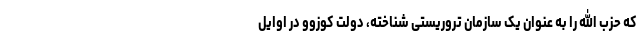
که حزب الله را به عنوان یک سازمان تروریستی شناخته، دولت کوزوو در اوایل